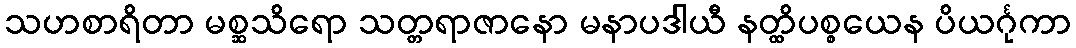
သဟစာရိတာ မစ္ဆသိရော သတ္တရာဇာနော မနာပဒါယီ နတ္ထိပစ္စယေန ပိယင်္ဂုကာ